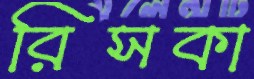
রিসকা